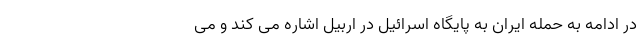
در ادامه به حمله ایران به پایگاه اسرائیل در اربیل اشاره می کند و می